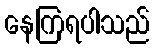
နေကြရပါသည်